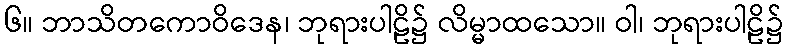
၆။ ဘာသိတကောဝိဒေန၊ ဘုရားပါဠိ၌ လိမ္မာထသော။ ဝါ၊ ဘုရားပါဠိ၌